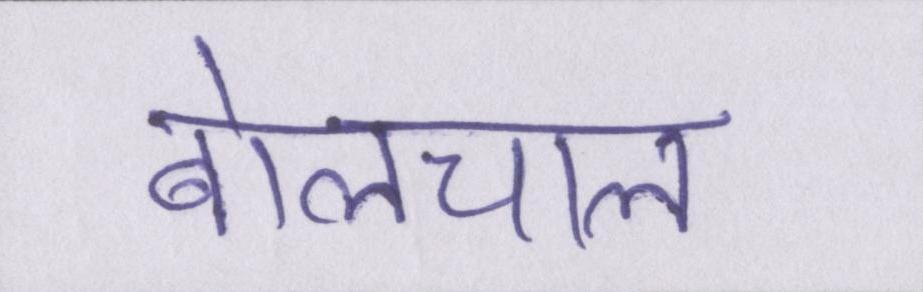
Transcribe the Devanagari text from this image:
बोलचाल